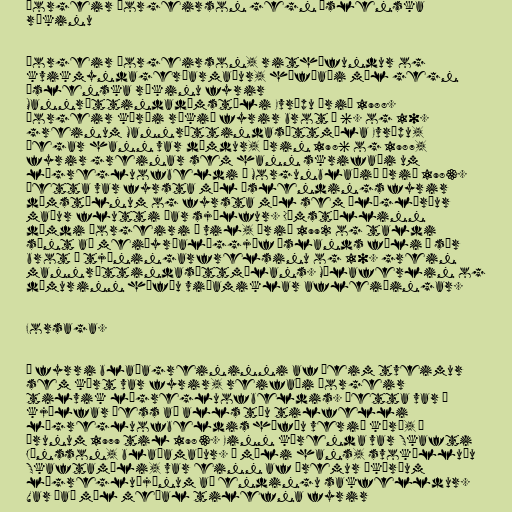
Þorgeir Þorgeirson gegn íslenska
ríkinu

Þorgeir Þorgeirson, rithöfundur og
kvikmyndagerðarmaður, höfðaði mál gegn
íslenska ríkinu fyrir
Mannréttindadómstóli Evrópu árið 1988.
Þorgeir kærði ríkið fyrir brot á 6. og 10.
greinum Mannréttindasáttmála Evrópu,
þegar hann var dæmdur, árin 1986 og 1987,
fyrir greinar sem hann skrifaði um
lögregluofbeldi í Morgunblaðið árið 1983.
Þetta var fyrsta mál Íslendings fyrir
dómstólnum og fyrsta mál sem ólöglærður
maður flutti þar sjálfur. Dómstóllinn
dæmdi Þorgeiri í vil, árið 1992 og taldi
sýnt að meiðyrðalöggjöf Íslands fæli í sér
brot á tjáningarfrelsinu og 10. grein
mannréttindasáttmálans. Málaferlin og
dómurinn höfðu viðamiklar afleiðingar.

Forsaga.

Í fyrri blaðagreininni af þeim tveimur
sem kært var fyrir, reifaði Þorgeir
tilvik lögregluofbeldis. Þetta var í
kjölfar þess að alls tíu tilfelli
lögregluofbeldis höfðu verið kærð, á
árunum 1979 til 1983. Einn kærenda var Skafti
Jónsson, blaðamaður. Í máli hans, svokölluðu
Skaftamáli, var einn af þremur ákærðum
lögregluþjónum að endingu sakfelldur.
Var það mál meðal tilefna fyrir